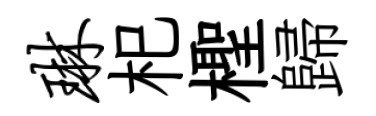
琳𣏌檉歸